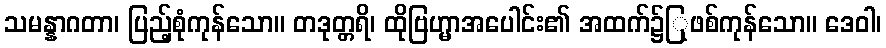
သမန္နာဂတာ၊ ပြည့်စုံကုန်သော။ တဒုတ္တရိ၊ ထိုဗြဟ္မာအပေါင်း၏ အထက်၌ြုဖစ်ကုန်သော။ ဒေဝါ၊